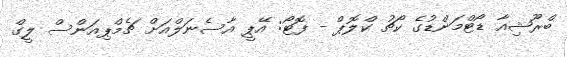
ބްރޫޝިއާ ޑޯޓްމަންޑުގެ ކޯޗު ކްލޮޕް - ފޮޓޯ: އޭޕީ އާސެނަލްއަށް ޗެމްޕިއަންސް ލީގް